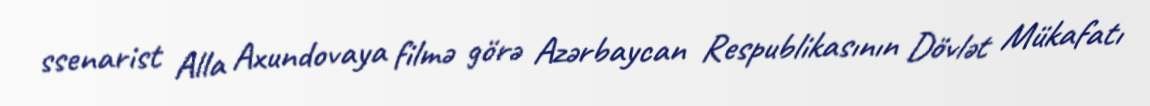
ssenarist Alla Axundovaya filmə görə Azərbaycan Respublikasının Dövlət Mükafatı